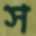
স